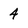
Character: 4